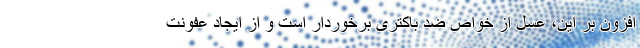
افزون بر این، عسل از خواص ضد باکتری برخوردار است و از ایجاد عفونت